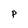
Character: P